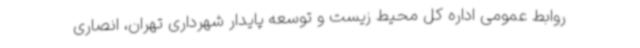
روابط عمومی اداره کل محیط زیست و توسعه پایدار شهرداری تهران، انصاری